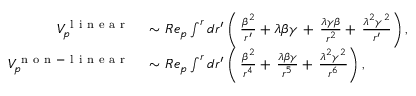
\begin{array} { r l } { V _ { p } ^ { \mathrm { ~ l ~ i ~ n ~ e ~ a ~ r ~ } } } & { { } \sim R e _ { p } \int ^ { r } d r ^ { \prime } \left( \, \frac { \beta ^ { 2 } } { r ^ { \prime } } + \lambda \beta \gamma \, + \, \frac { \lambda \gamma \beta } { r ^ { 2 } } + \, \frac { \lambda ^ { 2 } \gamma ^ { 2 } } { r ^ { \prime } } \right) , } \\ { V _ { p } ^ { \mathrm { ~ n ~ o ~ n ~ - ~ l ~ i ~ n ~ e ~ a ~ r ~ } } } & { { } \sim R e _ { p } \int ^ { r } d r ^ { \prime } \left( \, \frac { \beta ^ { 2 } } { r ^ { 4 } } + \, \frac { \lambda \beta \gamma } { r ^ { 5 } } + \, \frac { \lambda ^ { 2 } \gamma ^ { 2 } } { r ^ { 6 } } \right) , } \end{array}